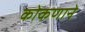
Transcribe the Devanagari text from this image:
कोकणाने